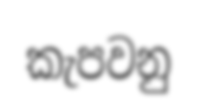
කැපවනු